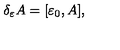
\delta _ { \varepsilon } A = [ \varepsilon _ { 0 } , A ] ,